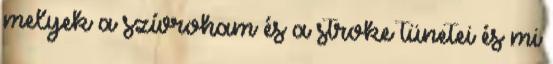
melyek a szívroham és a stroke tünetei és mi